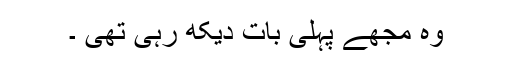
وہ مجھے پہلی بات دیکھ رہی تھی ۔